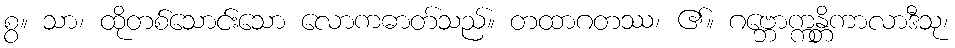
စွ။ သာ၊ ထိုတစ်သောင်းသော လောကဓာတ်သည်။ တထာဂတဿ၊ ၏။ ဂဗ္ဘောက္ကန္တိကာလာဒီသု၊